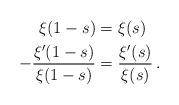
LaTeX: \begin{align*} \xi (1 - s) &= \xi (s) \\ - \frac{\xi' (1 - s)}{\xi (1 - s)} &= \frac{\xi' (s)}{\xi (s)} \, .\end{align*}